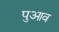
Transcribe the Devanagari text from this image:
पुआव